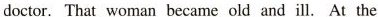
doctor. That woman became old and ill. At the